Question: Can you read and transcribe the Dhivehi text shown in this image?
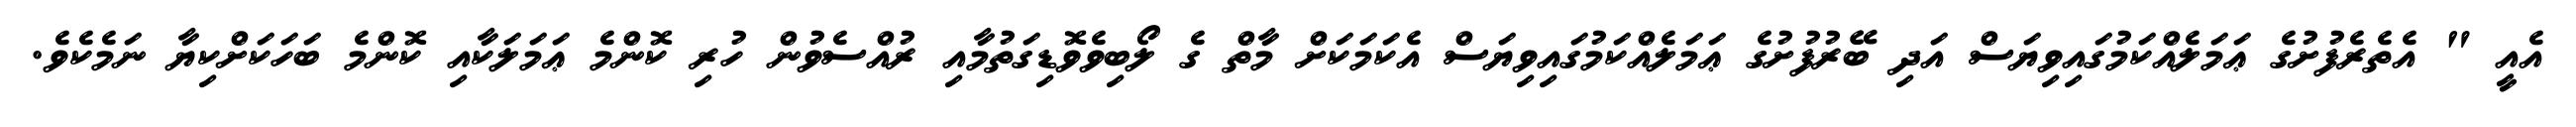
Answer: އެއީ " އެތެރެފުށުގެ ޢަމަލެއްކަމުގައިވިޔަސް އަދި ބޭރުފުށުގެ ޢަމަލެއްކަމުގައިވިޔަސް އެކަމަކަށް މާތް ގެ ލޯބިވެވޮޑިގަތުމާއި ރުއްސެވުން ހުރި ކޮންމެ ޢަމަލަކާއި ކޮންމެ ބަހަކަށްކިޔާ ނަމެކެވެ.